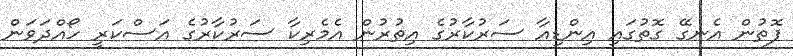
ފޮތުން އެނގޭ ގޮތުގައި އިންޑިއާ ސަރުކާރުގެ އިތުރުން އެމެރިކާ ސަރުކާރުގެ އަސްކަރީ ހޯއްދަވަން